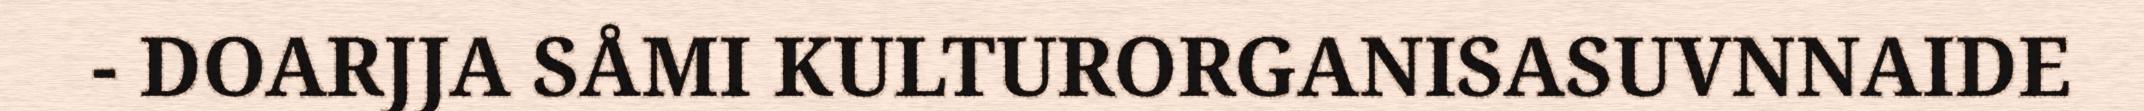
- DOARJJA SÅMI KULTURORGANISASUVNNAIDE